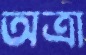
অত্রা